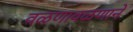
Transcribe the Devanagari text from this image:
वळणावळणाने